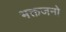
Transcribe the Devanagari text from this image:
भक्तजनो